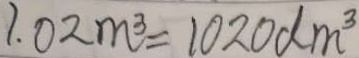
1 . 0 2 m ^ { 3 } = 1 0 2 0 d m ^ { 3 }